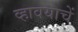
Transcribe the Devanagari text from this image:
व्हावयाचें